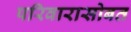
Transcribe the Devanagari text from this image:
परिवारासोबत